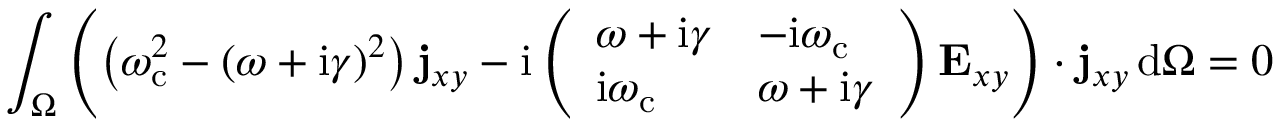
\int _ { \Omega } \left( \left( \omega _ { \mathrm { c } } ^ { 2 } - ( \omega + \mathrm { i } \gamma ) ^ { 2 } \right) \mathbf { j } _ { x y } - \mathrm { i } \left( \begin{array} { l l } { \omega + \mathrm { i } \gamma } & { - \mathrm { i } \omega _ { \mathrm { c } } } \\ { \mathrm { i } \omega _ { \mathrm { c } } } & { \omega + \mathrm { i } \gamma } \end{array} \right) \mathbf { E } _ { x y } \right) \cdot \mathbf { j } _ { x y } \, \mathrm { d } \Omega = 0